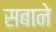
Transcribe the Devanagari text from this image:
सबाने